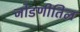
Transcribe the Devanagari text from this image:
जोडणीतिल